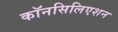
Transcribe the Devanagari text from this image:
कॉनसिलिएशन